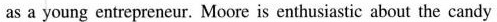
as a young entrepreneur. Moore is enthusiastic about the candy